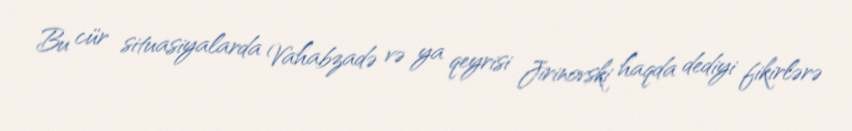
Bu cür situasiyalarda Vahabzadə və ya qeyrisi Jirinovski haqda dediyi fikirlərə